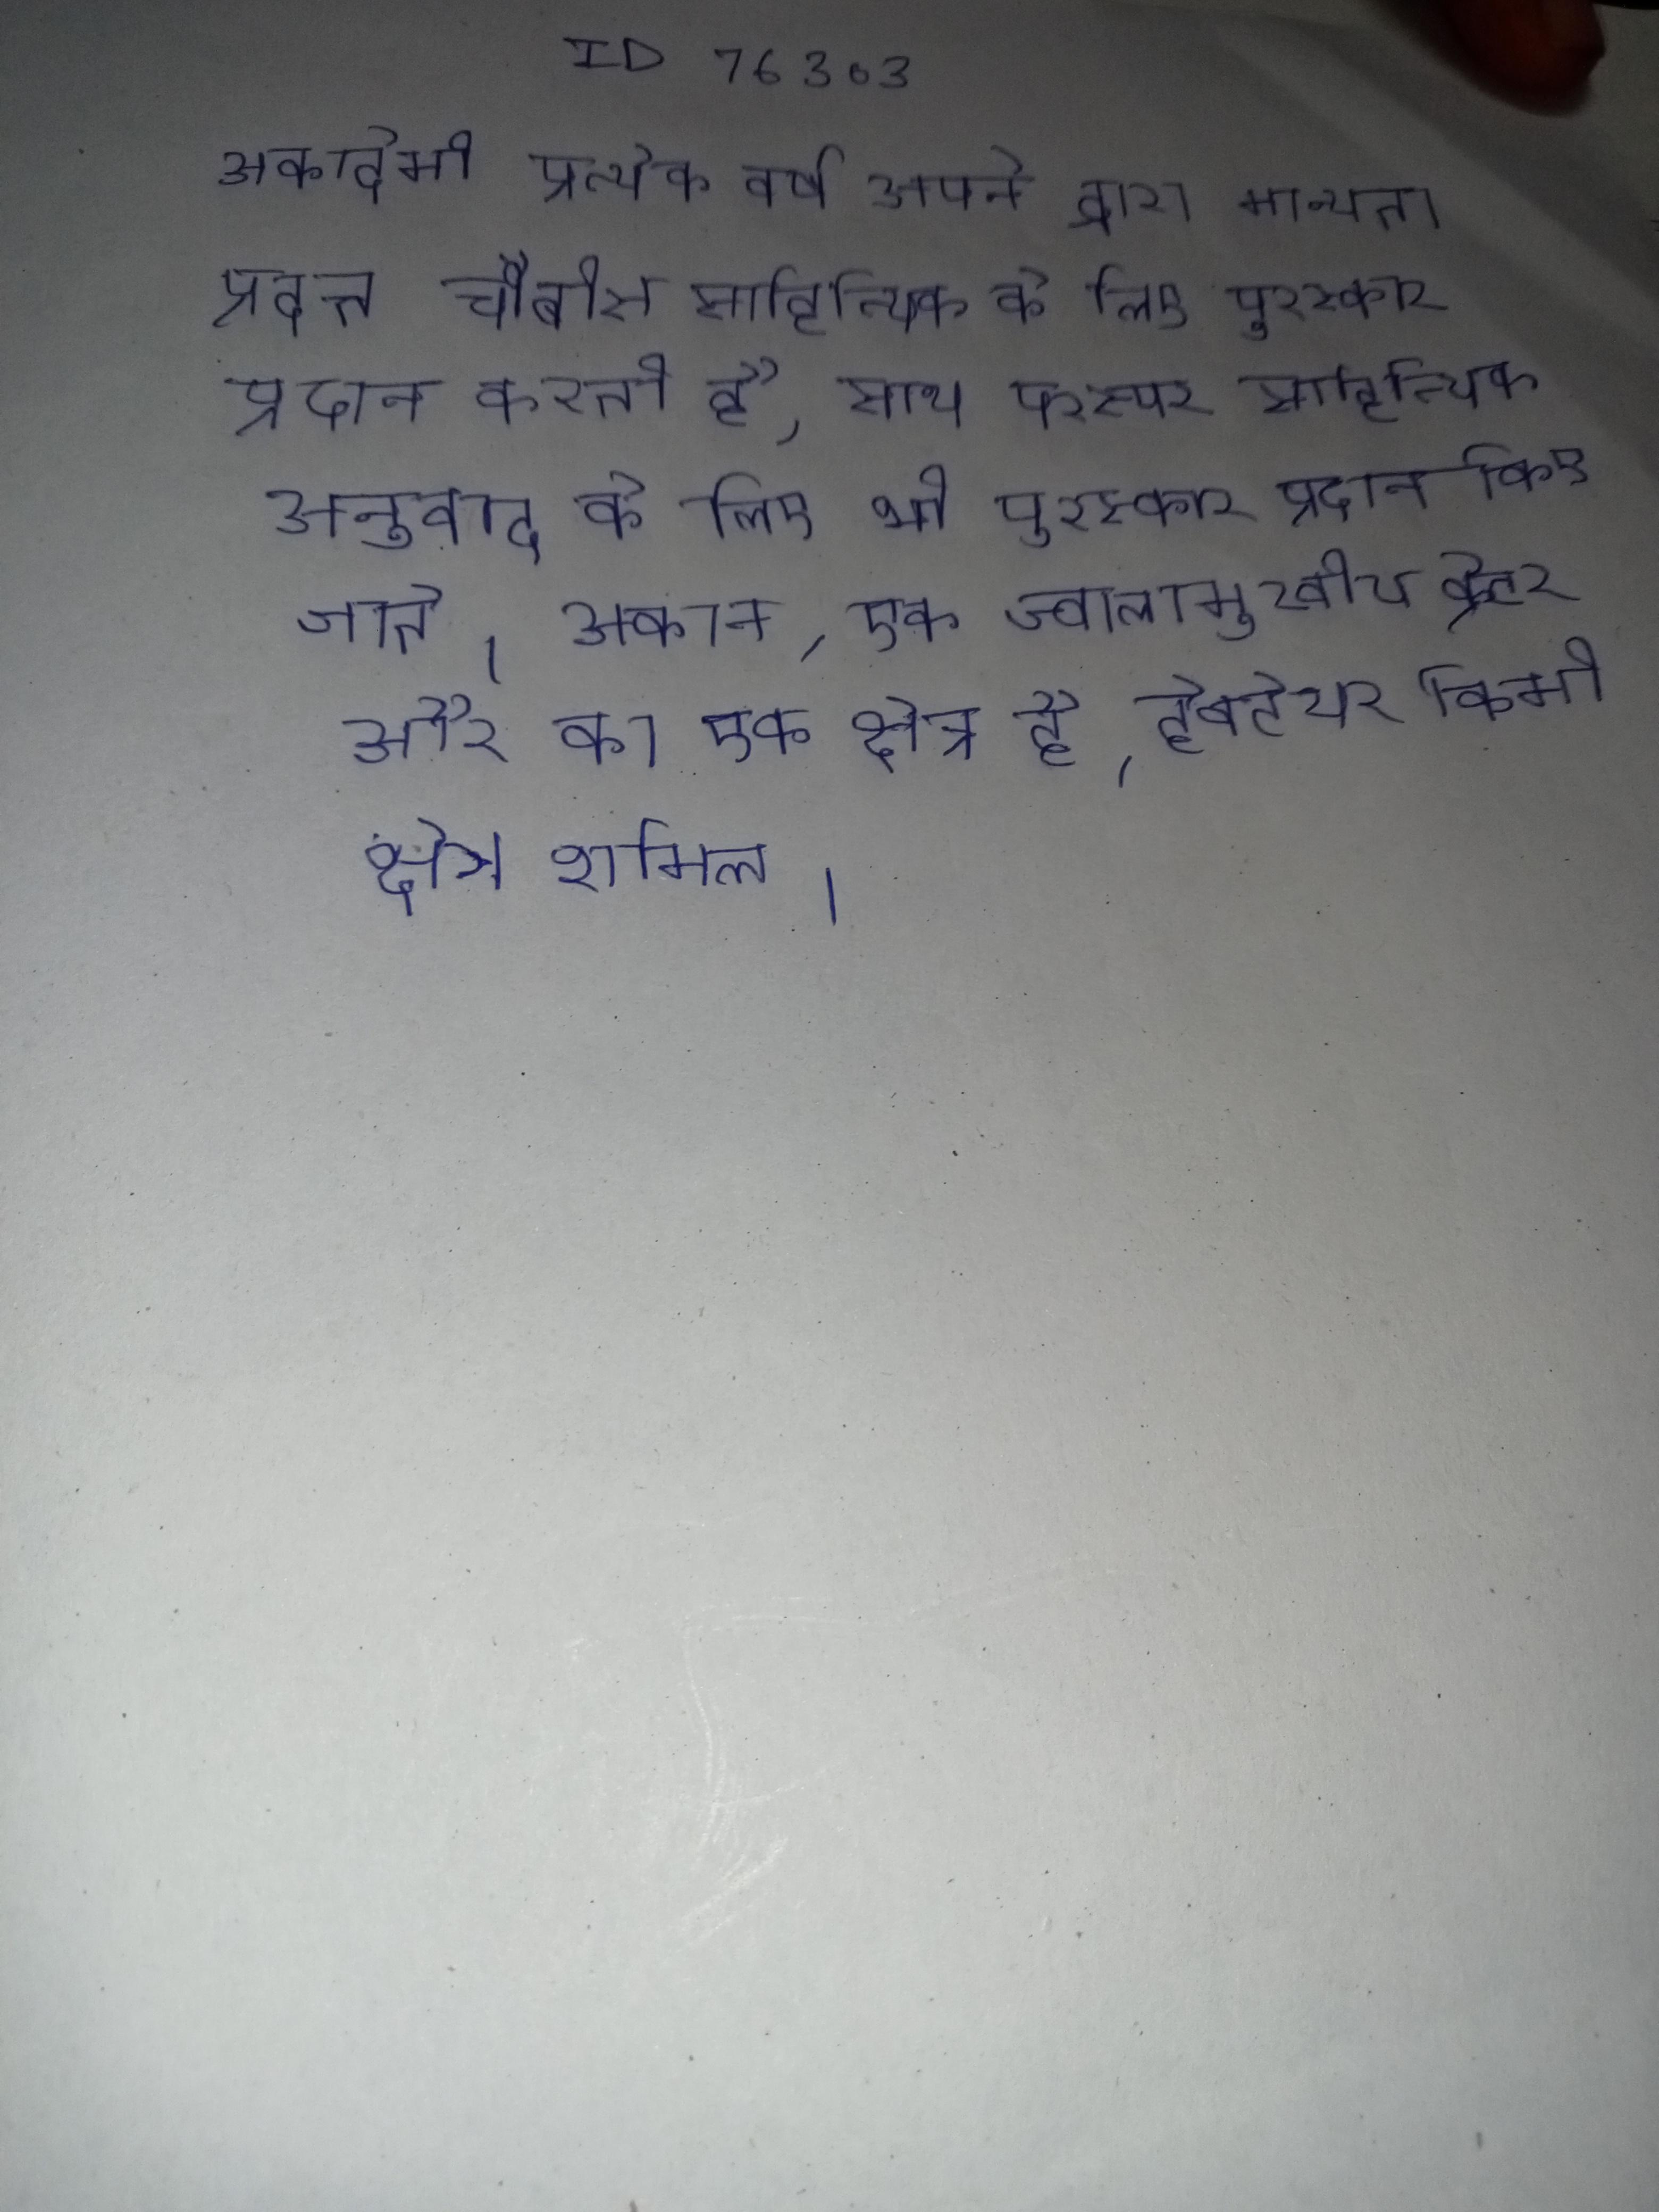
अकादेमी प्रत्येक वर्ष अपने द्वारा मान्यता प्रदत्त चौबीस साहित्यिक के लिए पुरस्कार प्रदान करती है, साथ ही परस्पर साहित्यिक अनुवाद के लिए भी पुरस्कार प्रदान किए जाते । अकान, एक ज्वालामुखीय क्रेटर और का एक क्षेत्र है, हेक्टेयर किमी क्षेत्र शामिल ।